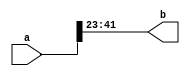
`timescale 1ns / 1ps
//////////////////////////////////////////////////////////////////////////////////
// Company: 
// Engineer: 
// 
// Design Name: 
// Module Name: shifter
// Project Name: 
// Target Devices: 
// Tool Versions: 
// Description: 
// 
// Dependencies: 
// 
// Revision:
// Revision 0.01 - File Created
// Additional Comments:
// 
//////////////////////////////////////////////////////////////////////////////////

// 
module shifter
#(
    parameter   INPUT_WIDTH = 42,
    parameter   OUTPUT_WIDTH = 19
)
(
input       [INPUT_WIDTH - 1 : 0]   a,
output      [OUTPUT_WIDTH - 1 : 0]  b
);
assign      b = a[INPUT_WIDTH - 1 : INPUT_WIDTH - OUTPUT_WIDTH];
endmodule